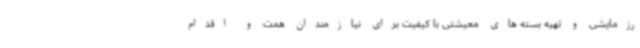
رزمایشی و تهیه بسته های معیشتی با کیفیت برای نیازمندان همت و اقدام